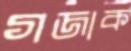
গজাক